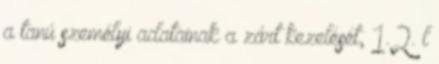
a tanú személyi adatainak a zárt kezelését, 1.2. l